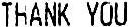
THANK YOU